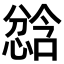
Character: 𫺾